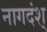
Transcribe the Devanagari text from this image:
नागदंश्